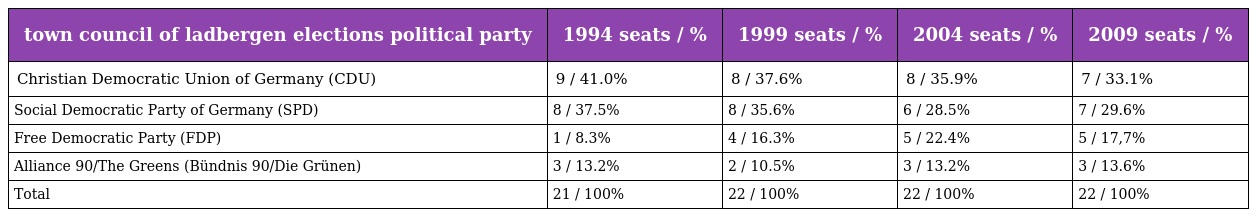
| town council of ladbergen elections political party | 1994 seats / % | 1999 seats / % | 2004 seats / % | 2009 seats / % |
 | --- | --- | --- | --- | --- |
 | Christian Democratic Union of Germany (CDU) | 9 / 41.0% | 8 / 37.6% | 8 / 35.9% | 7 / 33.1% |
 | Social Democratic Party of Germany (SPD) | 8 / 37.5% | 8 / 35.6% | 6 / 28.5% | 7 / 29.6% |
 | Free Democratic Party (FDP) | 1 / 8.3% | 4 / 16.3% | 5 / 22.4% | 5 / 17,7% |
 | Alliance 90/The Greens (Bündnis 90/Die Grünen) | 3 / 13.2% | 2 / 10.5% | 3 / 13.2% | 3 / 13.6% |
 | Total | 21 / 100% | 22 / 100% | 22 / 100% | 22 / 100% |